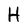
Character: H